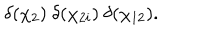
\delta ( \chi _ { 2 } ) \ \delta ( \chi _ { 2 i } ) \ \delta ( \chi _ { 1 2 } ) .